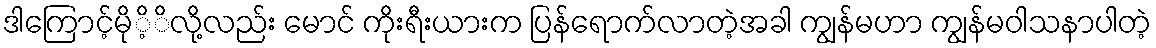
ဒါကြောင့်မိုိ့ိလို့လည်း မောင် ကိုးရီးယားက ပြန်ရောက်လာတဲ့အခါ ကျွန်မဟာ ကျွန်မဝါသနာပါတဲ့